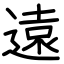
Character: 遠